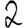
Digit: 2